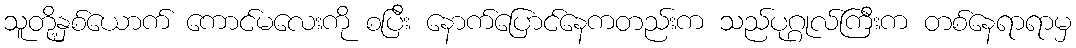
သူတို့နှစ်ယောက် ကောင်မလေးကို စပြီး နောက်ပြောင်နေကတည်းက သည်ပုဂ္ဂုလ်ကြီးက တစ်နေရာရာမှ